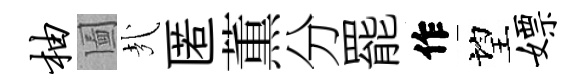
柚圗㢤匿薫分罷作望嫖